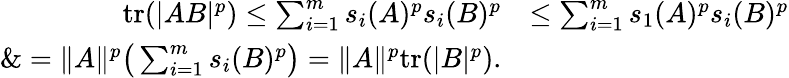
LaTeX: \begin{array}{rl}{\mathrm{tr}(|AB|^{p})\le\sum_{i=1}^{m}s_{i}(A)^{p}s_{i}(B)^{p}}&{\le\sum_{i=1}^{m}s_{1}(A)^{p}s_{i}(B)^{p}}\\ {\& =\| A\| ^{p}\big(\sum_{i=1}^{m}s_{i}(B)^{p}\big)=\| A\| ^{p}\mathrm{tr}(|B|^{p}).}\end{array}